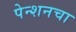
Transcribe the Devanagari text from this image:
पेन्शनचा